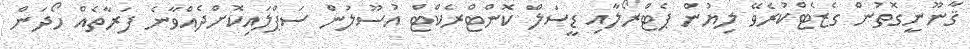
ޤާނޫނީގޮތުން ގެޒެޓްކުރެވޭ ލިޔުން ޕެޓްރޯލާއި ޑީސަލް ކޮންޓްރެކްޓް އުސޫލުން ސަޕްލައިކޮށްދެއްވާނެ ފަރާތެއް ހޯދަން